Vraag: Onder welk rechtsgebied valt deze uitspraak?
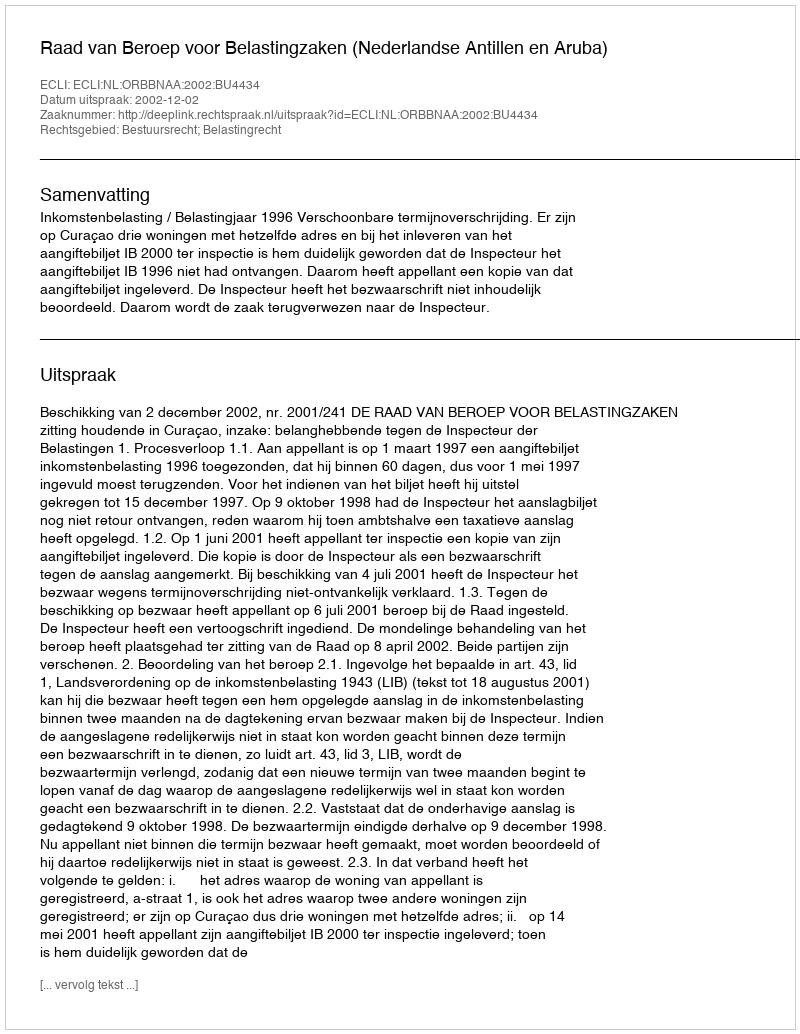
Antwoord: Bestuursrecht; Belastingrecht